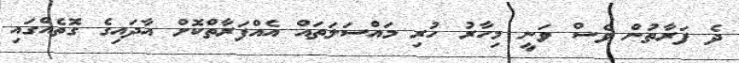
ދެ ފަރާތުން ވެސް ވަނީ މިހާރު ހުރި މައްސަލަތައް އެއްފަރާތްކޮށް އާދައިގެ ގޮތެއްގައި